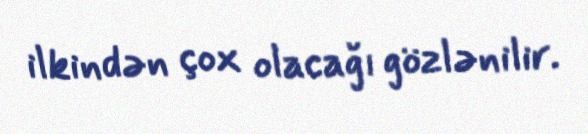
ilkindən çox olacağı gözlənilir.